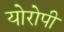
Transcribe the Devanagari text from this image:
योरोपी